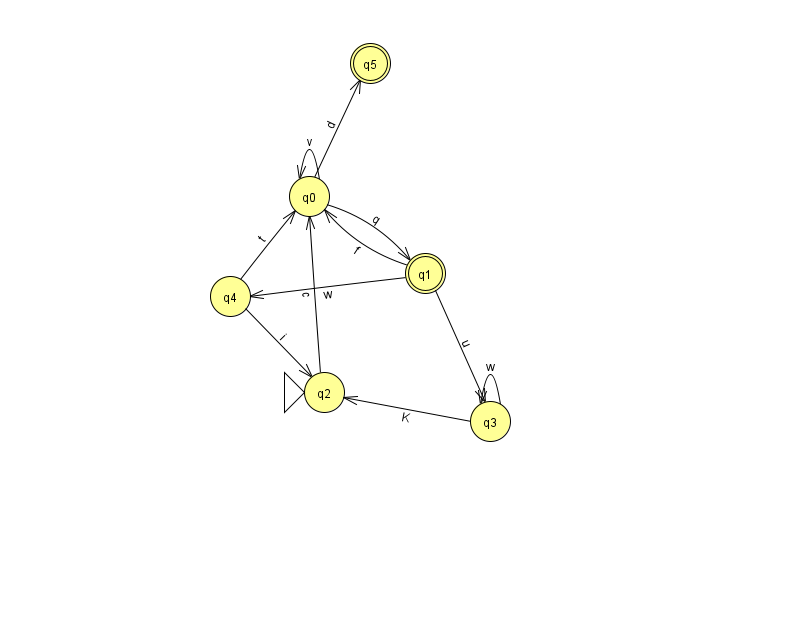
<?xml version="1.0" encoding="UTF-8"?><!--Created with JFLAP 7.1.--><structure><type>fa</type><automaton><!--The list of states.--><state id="0" name="q0"><x>309.0</x><y>183.0</y></state><state id="1" name="q1"><x>425.0</x><y>260.0</y><final/></state><state id="2" name="q2"><x>324.0</x><y>379.0</y><initial/></state><state id="3" name="q3"><x>490.0</x><y>408.0</y></state><state id="4" name="q4"><x>230.0</x><y>283.0</y></state><state id="5" name="q5"><x>370.0</x><y>50.0</y><final/></state><!--The list of transitions.--><transition><from>1</from><to>3</to><read>u</read></transition><transition><from>2</from><to>0</to><read>c</read></transition><transition><from>3</from><to>2</to><read>K</read></transition><transition><from>0</from><to>5</to><read>d</read></transition><transition><from>4</from><to>0</to><read>t</read></transition><transition><from>0</from><to>0</to><read>v</read></transition><transition><from>3</from><to>3</to><read>w</read></transition><transition><from>1</from><to>0</to><read>f</read></transition><transition><from>0</from><to>1</to><read>q</read></transition><transition><from>1</from><to>4</to><read>w</read></transition><transition><from>4</from><to>2</to><read>i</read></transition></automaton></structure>